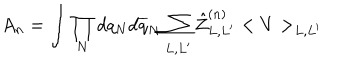
A _ { n } = \int \prod _ { N } d q _ { N } d \overline { { q } } _ { N } \sum _ { L , L ^ { \prime } } \hat { Z } _ { L , L ^ { \prime } } ^ { ( n ) } < V > _ { L , L ^ { \prime } }